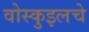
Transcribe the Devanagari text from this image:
वोस्कुइलचे